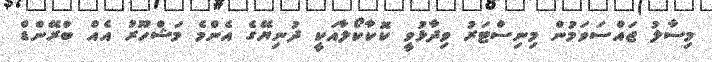
މިސާލު ޖައްސަވަމުން މިނިސްޓަރު ވިދާޅުވީ ކޮކާކޯލާއަކީ ދުނިޔޭގެ އެންމެ މަޝްހޫރު އެއް ބްރޭންޑް